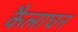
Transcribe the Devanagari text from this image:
कैलाघन